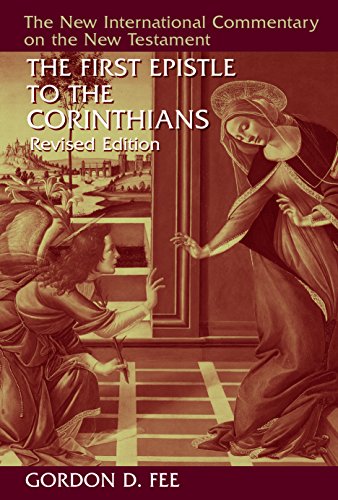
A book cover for The First Epistle to the Corinthians, Revised Edition (The New International Commentary on the New Testament); Gordon D. Fee; Christian Books & Bibles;